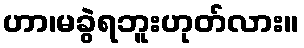
ဟာ၊မခွဲရဘူးဟုတ်လား။